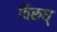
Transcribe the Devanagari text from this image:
विरुध्